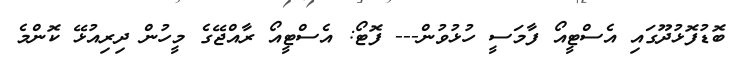
ބޮޑުފޮޅުދޫގައި އެސްޓީއޯ ފާމަސީ ހުޅުވުން--- ފޮޓޯ: އެސްޓީއޯ ރާއްޖޭގެ މީހުން ދިރިއުޅޭ ކޮންމެ